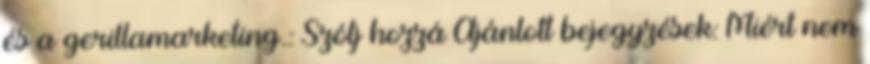
és a gerillamarketing.: Szólj hozzá Ajánlott bejegyzések: Miért nem